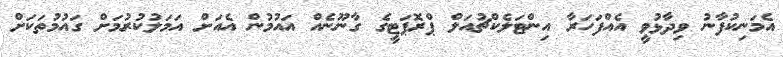
އެމަނިކުފާނު ވިދާޅުވީ އެއްފަހަރާ އިންޓަލެކްޗުއަލް ޕްރޮޕަޓީގެ ގާނޫނެއް އައުމުން އެއަށް އަމަލުކުރުމަށް ގައުމުތަކަށް